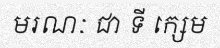
មរណៈ ជា ទី ក្សេម